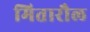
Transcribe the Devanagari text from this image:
मितारौल